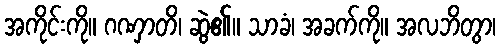
အကိုင်းကို။ ဂဏှာတိ၊ ဆွဲ၏။ သာခံ၊ အခက်ကို။ အလဘိတွာ၊